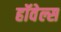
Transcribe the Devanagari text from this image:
हॉवेल्स